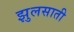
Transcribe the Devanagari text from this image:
झुलसाती